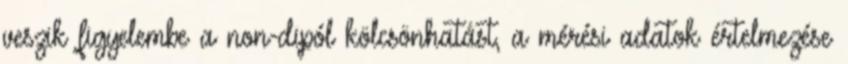
veszik figyelembe a non-dipól kölcsönhatást, a mérési adatok értelmezése